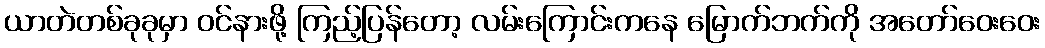
ယာတဲတစ်ခုခုမှာ ဝင်နားဖို့ ကြည့်ပြန်တော့ လမ်းကြောင်းကနေ မြောက်ဘက်ကို အတော်ဝေးဝေး